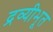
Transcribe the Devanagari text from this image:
द्रव्यीभूत